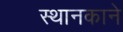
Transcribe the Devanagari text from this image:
स्थानकाने